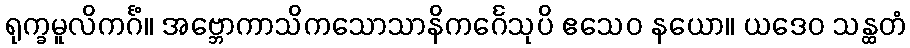
ရုက္ခမူလိကင်္ဂံ။ အဗ္ဘောကာသိကသောသာနိကင်္ဂေသုပိ ဧသေဝ နယော။ ယဒေဝ သန္ထတံ